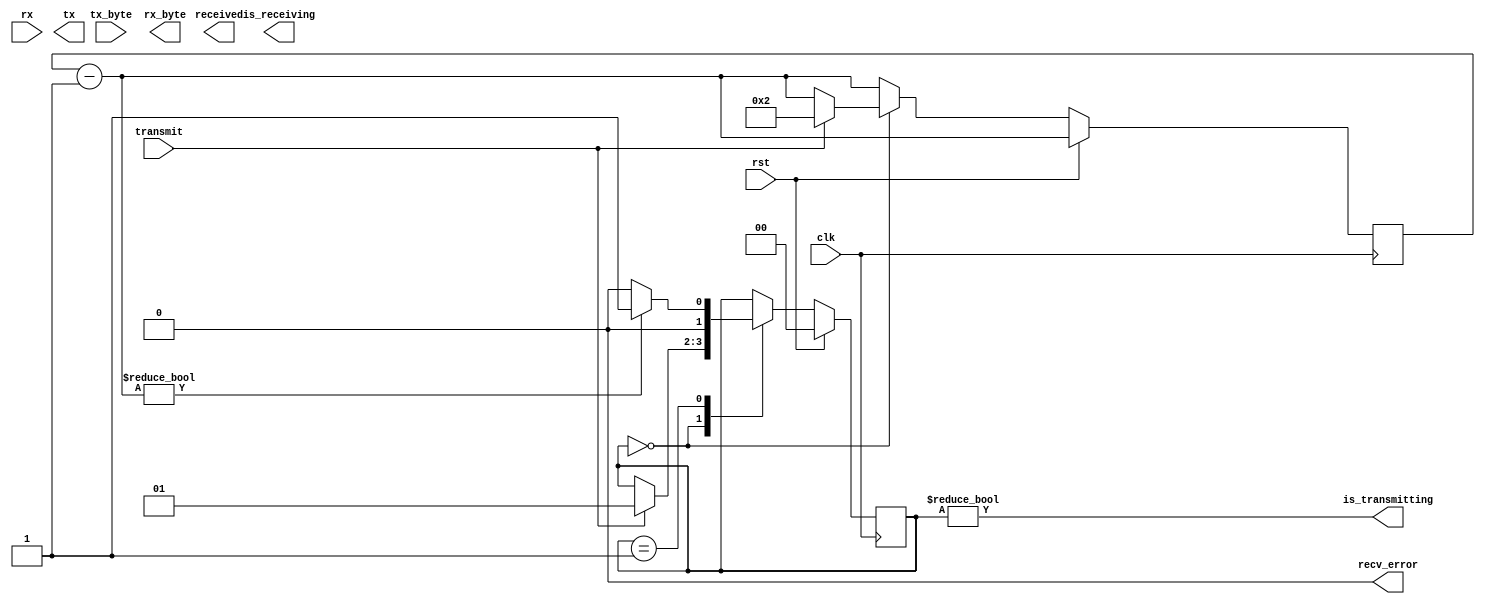
`timescale 1ns / 1ps

// Warning! For simulation only

module uart(
    input clk, // The master clock for this module
    input rst, // Synchronous reset.
    input rx, // Incoming serial line
    output tx, // Outgoing serial line
    input transmit, // Signal to transmit
    input [7:0] tx_byte, // Byte to transmit
    output received, // Indicated that a byte has been received.
    output [7:0] rx_byte, // Byte received
    output is_receiving, // Low when receive line is idle.
    output is_transmitting, // Low when transmit line is idle.
    output recv_error
    );


reg [7:0] tx_countdown;
reg [1:0] tx_state;
assign recv_error = 0;
assign is_transmitting = tx_state!=0;

always @(posedge clk) begin
	tx_countdown = tx_countdown-1;
  if(rst) begin
		tx_state = 0;
	end
  else begin
		case(tx_state)
			0:
				if(transmit) begin
					//$display("Output: %2x (%c)",tx_byte, tx_byte);
					$write("%c", tx_byte);
					tx_state = 1;
					tx_countdown = 2;
				end
			1:
				tx_state = tx_countdown ? 1 : 0;
		endcase
	end
end

endmodule